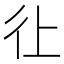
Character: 𱝫